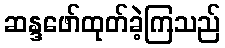
ဆန္ဒဖော်ထုတ်ခဲ့ကြသည်